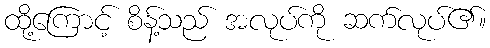
ထို့ကြောင့် စိန့်သည် အလုပ်ကို ဆက်လုပ်၏။